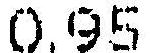
0.95